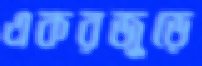
একরজুড়ে